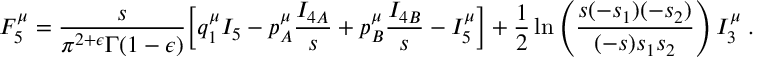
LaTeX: { \cal F } _ { 5 } ^ { \mu } = \frac { s } { \pi ^ { 2 + \epsilon } \Gamma ( 1 - \epsilon ) } \biggl [ q _ { 1 } ^ { \mu } I _ { 5 } - p _ { A } ^ { \mu } \frac { I _ { 4 A } } { s } + p _ { B } ^ { \mu } \frac { I _ { 4 B } } { s } - I _ { 5 } ^ { \mu } \biggr ] + \frac { 1 } { 2 } \ln \left( \frac { s ( - s _ { 1 } ) ( - s _ { 2 } ) } { ( - s ) s _ { 1 } s _ { 2 } } \right) { \cal I } _ { 3 } ^ { \mu } \; .